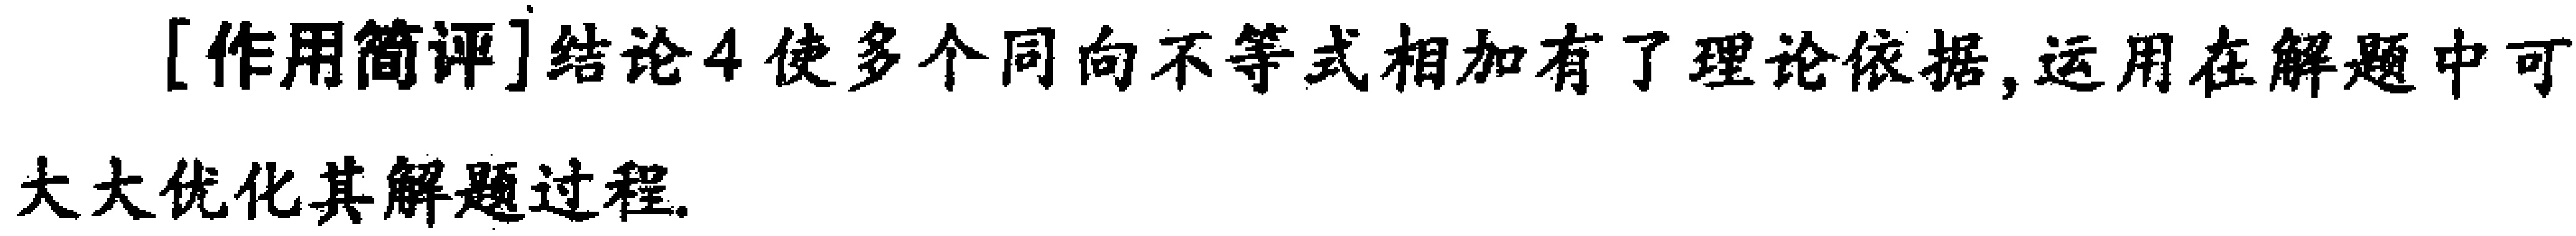
[作用简评]结论4使多个同向不等式相加有了理论依据, 运用在解题中可大大优化其解题过程.